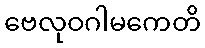
ဗေလုဝဂါမကေတိ